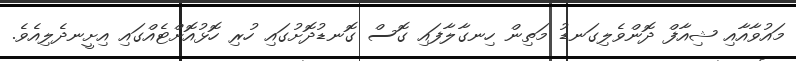
މައުވާއާއި ޝިއާފް ދޮންވެލިގަނޑު މަތިން ހިނގާލާފައި ގޮސް ގޮނޑުދޮށުގައި ހުރި ހޮޅުއޮށްޓެއްގައި އިށީނދެލިއެވެ.